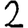
Digit: 2